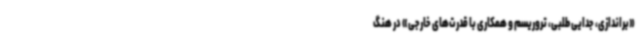
«براندازی، جدایی طلبی، تروریسم و همکاری با قدرت‌های خارجی» در هنگ